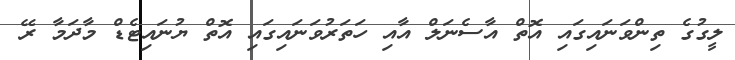
ލީގުގެ ތިންވަނައިގައި އޮތް އާސެނަލް އާއި ހަތަރުވަނައިގައި އޮތް ޔުނައިޓެޑް މާދަމާ ރޭ